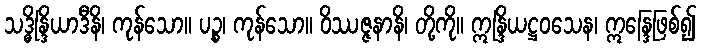
သဒ္ဓိန္ဒြိယာဒီနိ၊ ကုန်သော။ ပဉ္စ၊ ကုန်သော။ ဝိဿဇ္ဇနာနိ၊ တို့ကို။ ဣန္ဒြိယဋ္ဌဝသေန၊ ဣန္ဒြေဖြစ်၍